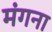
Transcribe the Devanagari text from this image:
मंगना